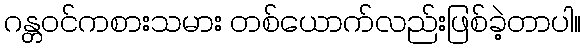
ဂန္တဝင်ကစားသမား တစ်ယောက်လည်းဖြစ်ခဲ့တာပါ။